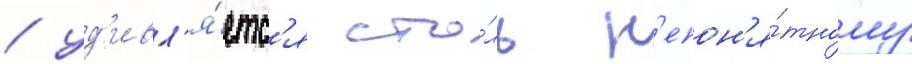
/ уд'ивл'я́етс'я сто́ль н'епон'я́тному